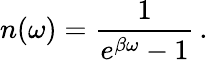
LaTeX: n(\omega)={\frac{1}{e^{\beta\omega}-1}}\, .